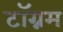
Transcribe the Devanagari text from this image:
टॉग्नम